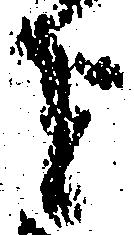
を